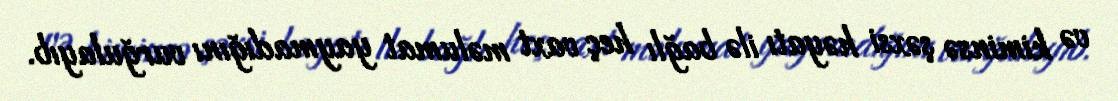
və kiminsə şəxsi həyatı ilə bağlı heç vaxt məlumat yaymadığını vurğulayıb.